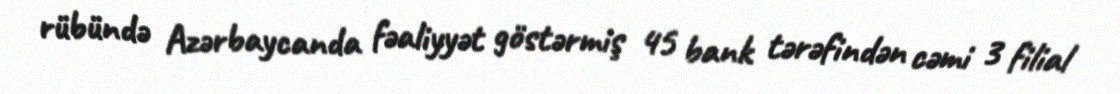
rübündə Azərbaycanda fəaliyyət göstərmiş 45 bank tərəfindən cəmi 3 filial